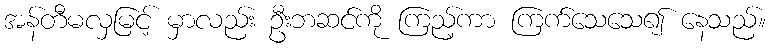
အန်တီမလှမြင့် မှာလည်း ဦးဘဆင်ကို ကြည့်ကာ ကြက်သေသေ၍ နေသည်။